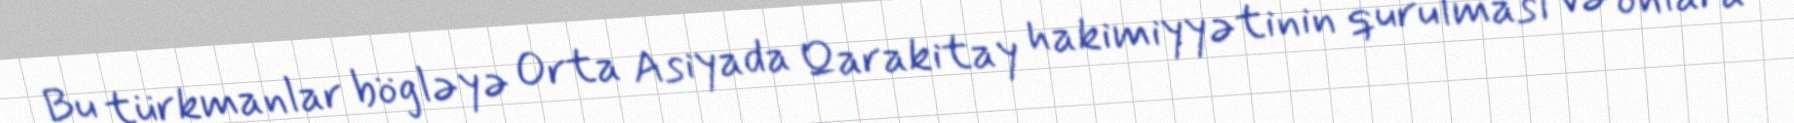
Bu türkmanlar bögləyə Orta Asiyada Qarakitay hakimiyyətinin qurulması və onlara